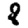
Digit: 8